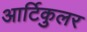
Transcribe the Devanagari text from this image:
आर्टिकुलर